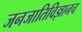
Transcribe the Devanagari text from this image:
जनजातिविज्ञानच